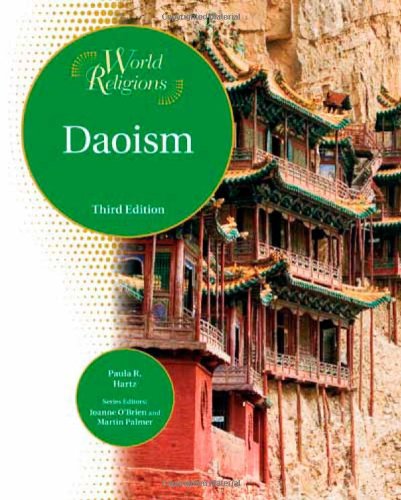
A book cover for Daoism (World Religions (Facts on File)); Paula R. Hartz; Teen & Young Adult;